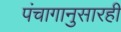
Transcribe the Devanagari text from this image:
पंचागानुसारही